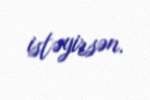
istəyirsən.